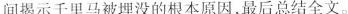
间揭示千里马被埋没的根本原因，最后总结全文